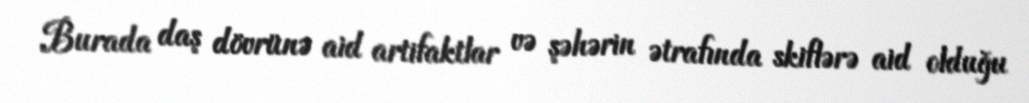
Burada daş dövrünə aid artifaktlar və şəhərin ətrafında skiflərə aid olduğu